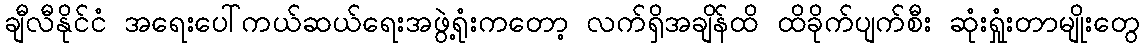
ချီလီနိုင်ငံ အရေးပေါ်ကယ်ဆယ်ရေးအဖွဲ့ရုံးကတော့ လက်ရှိအချိန်ထိ ထိခိုက်ပျက်စီး ဆုံးရှုံးတာမျိုးတွေ